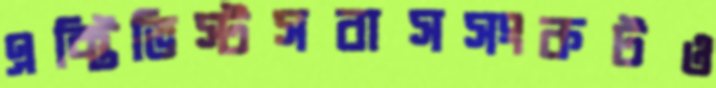
এক্টিভিস্টসবাসসংকটও